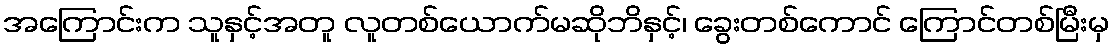
အကြောင်းက သူနှင့်အတူ လူတစ်ယောက်မဆိုဘိနှင့်၊ ခွေးတစ်ကောင် ကြောင်တစ်မြီးမှ